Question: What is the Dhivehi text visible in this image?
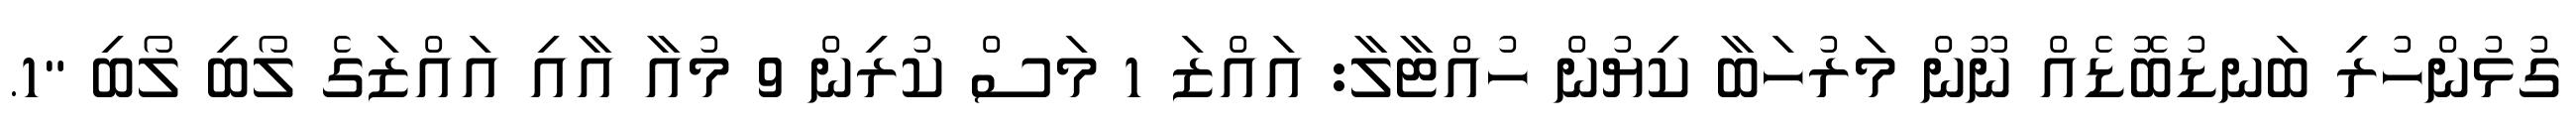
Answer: ގުޅުންހުރި ބަނޑުބޮޑެއް ނޫން މަރުހަބާ ކިޔުން ހުއްޓާލާ: އައްޒަ 1 މަސް ކުރިން 9 މުއާ އާއި އައްޒަގެ ލޯބި ލޯބި "1.